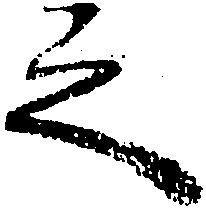
之